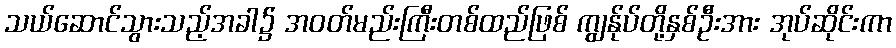
သယ်ဆောင်သွားသည့်အခါ၌ အဝတ်မည်းကြီးတစ်ထည်ဖြစ် ကျွန်ုပ်တို့နှစ်ဦးအား အုပ်ဆိုင်းကာ